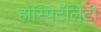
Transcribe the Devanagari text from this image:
होस्पिटॅलिटी